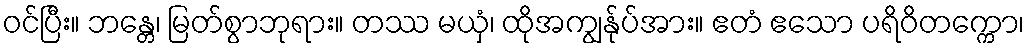
ဝင်ပြီး။ ဘန္တေ၊ မြတ်စွာဘုရား။ တဿ မယှံ၊ ထိုအကျွန်ုပ်အား။ ဧတံ ဧသော ပရိဝိတက္ကော၊